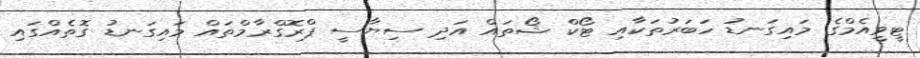
ޓީވީއެމްގެ މައިގަނޑު ހަބަރުތަކާއި ޓޯކް ޝޯތައް އަދި ސިޔާސީ ޕްރޮގްރާމްތައް މައިގަނޑު ގޮތެއްގައި